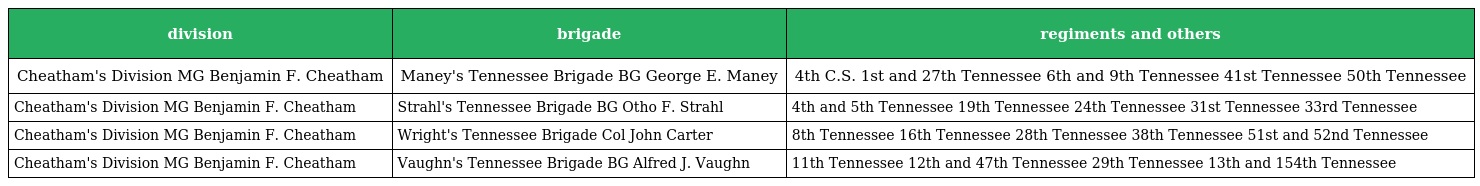
| division | brigade | regiments and others |
 | --- | --- | --- |
 | Cheatham's Division MG Benjamin F. Cheatham | Maney's Tennessee Brigade BG George E. Maney | 4th C.S. 1st and 27th Tennessee 6th and 9th Tennessee 41st Tennessee 50th Tennessee |
 | Cheatham's Division MG Benjamin F. Cheatham | Strahl's Tennessee Brigade BG Otho F. Strahl | 4th and 5th Tennessee 19th Tennessee 24th Tennessee 31st Tennessee 33rd Tennessee |
 | Cheatham's Division MG Benjamin F. Cheatham | Wright's Tennessee Brigade Col John Carter | 8th Tennessee 16th Tennessee 28th Tennessee 38th Tennessee 51st and 52nd Tennessee |
 | Cheatham's Division MG Benjamin F. Cheatham | Vaughn's Tennessee Brigade BG Alfred J. Vaughn | 11th Tennessee 12th and 47th Tennessee 29th Tennessee 13th and 154th Tennessee |